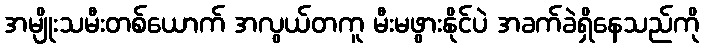
အမျိုးသမီးတစ်ယောက် အလွယ်တကူ မီးမဖွားနိုင်ပဲ အခက်ခဲရှိနေသည်ကို